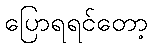
ပြောရရင်တော့